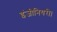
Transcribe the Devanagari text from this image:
इंजीनियरी।